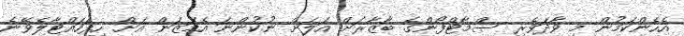
އެހެންކަމުން މި ވާދަވެރި ސްމާޓްފޯންގެ ބާޒާރަށް އަލަށް ނުކުންނަ އެމަޒަން އަށް ހިފަހައްޓާލެވޭނެ